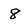
Character: 8